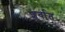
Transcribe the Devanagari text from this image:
शुर्वात